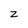
Character: z